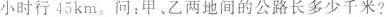
小时行53km。慢车每小时行45km。问：甲、乙两地间的公路长多少千米?